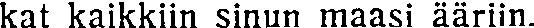
kat kaikkiin sinun maasi ääriin.